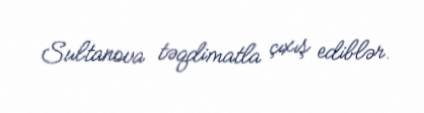
Sultanova təqdimatla çıxış ediblər.